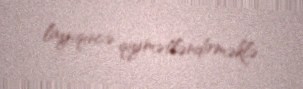
layiqincə qiymətləndirməklə.